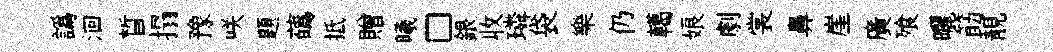
譌洄晳搨豫咲題蘤抵贈曦□銀收璘袋樂仍轕娘劇裳鼻崖廣飱曬筯靚